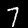
Digit: 7